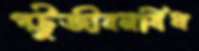
পট্টুজীবনবিধ